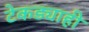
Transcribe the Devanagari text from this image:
टेकड्याही